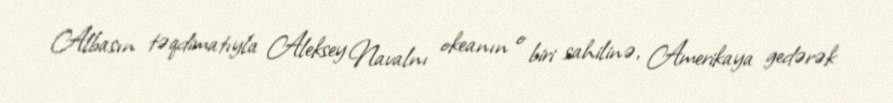
Albasın təqdimatıyla Aleksey Navalnı okeanın o biri sahilinə, Amerikaya gedərək